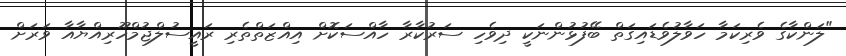
"ލަންކާގެ ވެރިކަމާ ހަވާލުވެޑައިގަތް ބޭފުޅުންނަކީ ދިވެހި ސަރުކާރާ ހާއްސަކޮށް އިއްޒަތްތެރި ރައީސުލްޖުމްހޫރިއްޔާއާ ވަރަށް